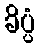
ခိပ္ပံ